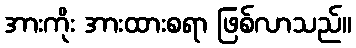
အားကိုး အားထားစရာ ဖြစ်လာသည်။